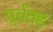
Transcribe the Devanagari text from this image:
पुर्वतह